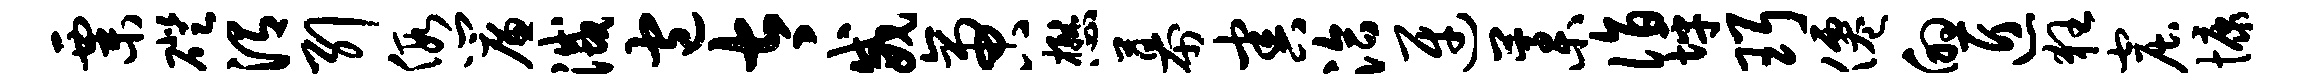
粟磴渭引假帘灭包太威啻懋幕害洽迓藁诣坪珥仙的匠狂窟慷